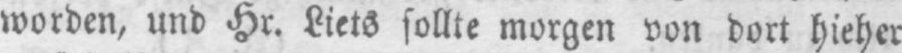
worden, und Hr. Liets sollte morgen von dort hieher